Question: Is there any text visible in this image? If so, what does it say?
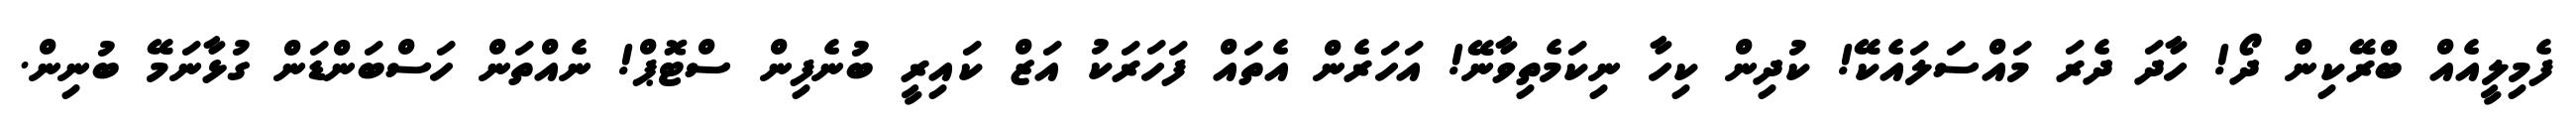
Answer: ފެމިލީއެއް ބްރޭކިން ދޯ! ހާދަ ދެރަ މައްސަލައެކޭ! ކުދިން ކިހާ ނިކަމެތިވާނޭ! އަހަރެން އެތައް ފަހަރަކު އަޒް ކައިރީ ބުނެފިން ސްޓޮޕް! ނެއްތަން ހަސްބަންޑަން ގުޅާނަމޭ ބުނިން.